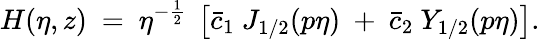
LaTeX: H(\eta,z)~=~\eta^{-\frac 12}~\left[\bar{c}_{1}~J_{1/2}(p\eta)~+~\bar{c}_{2}~Y_{1/2}(p\eta)\right].